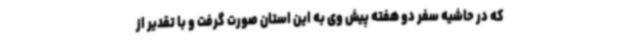
که در حاشیه سفر دو هفته پیش وی به این استان صورت گرفت و با تقدیر از